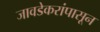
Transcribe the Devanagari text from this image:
जावडेकरांपासून